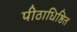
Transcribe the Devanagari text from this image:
पीठाधिष्ठित